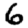
Digit: 6